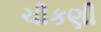
ચીકણી